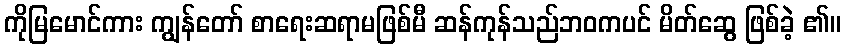
ကိုမြမောင်ကား ကျွန်တော် စာရေးဆရာမဖြစ်မီ ဆန်ကုန်သည်ဘဝကပင် မိတ်ဆွေ ဖြစ်ခဲ့ ၏။